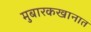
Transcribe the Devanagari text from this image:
मुबारकखानात